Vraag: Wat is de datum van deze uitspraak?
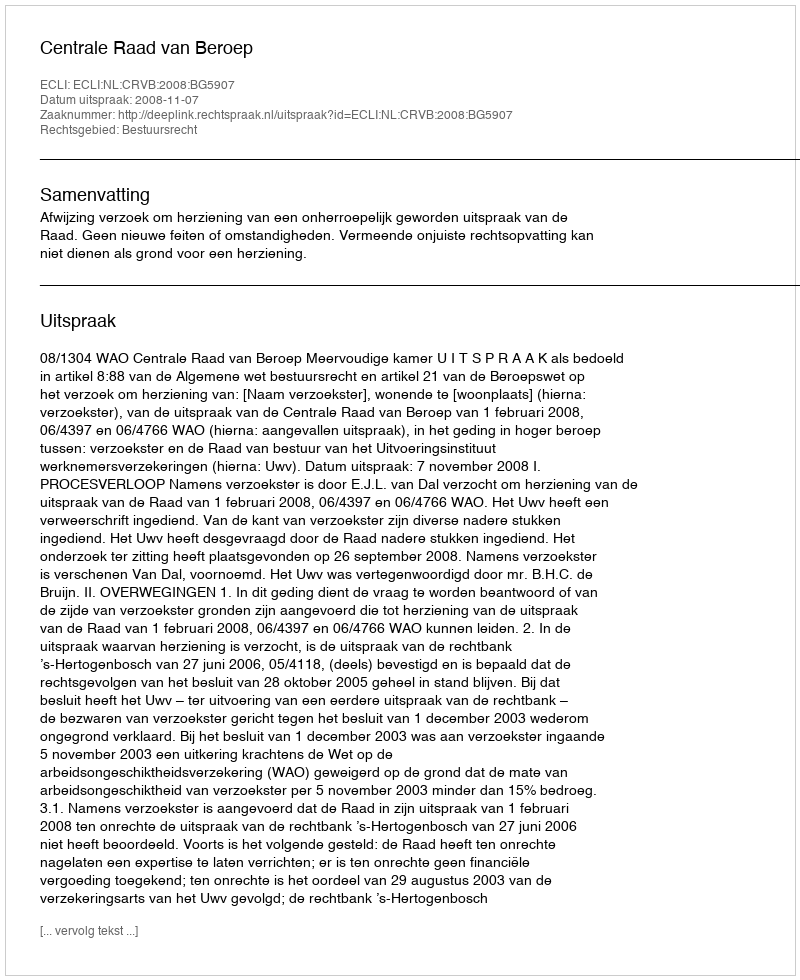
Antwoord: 2008-11-07